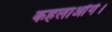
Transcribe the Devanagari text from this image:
कहलाओंगे।